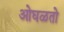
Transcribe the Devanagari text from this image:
ओघळतो